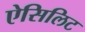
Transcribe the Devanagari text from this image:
ऐसिलिट